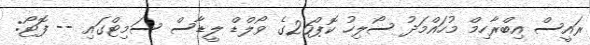
ރައީސް އިބްރާހިމް މުހައްމަދު ސޯލިހު ކޮޕް26ގެ ވޯލްޑް ލީޑާސް ސަމިޓްގައި -- ފޮޓޯ: